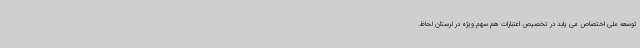
توسعه ملی اختصاص می یابد در تخصیص اعتبارات هم سهم ویژه در لرستان لحاظ